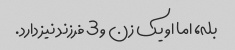
بله، اما او یک زن و 3 فرزند نیز دارد.